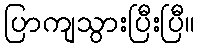
ပြာကျသွားပြီးပြီ။